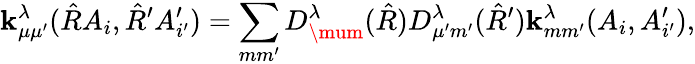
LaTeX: \operatorname{\mathbf{k}}_{\mu\mu^{\prime}}^{\lambda}(\hat{{R}}A_{i},\hat{{R}}^{\prime}A_{i^{\prime}}^{\prime})=\sum_{mm^{\prime}}D_{\mum}^{\lambda}(\hat{{R}})D_{\mu^{\prime}m^{\prime}}^{\lambda}(\hat{{R}}^{\prime})\operatorname{\mathbf{k}}_{mm^{\prime}}^{\lambda}(A_{i},A_{i^{\prime}}^{\prime}),